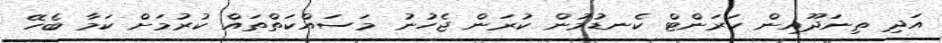
އަދި ތިނަދޫއިން ކަރަންޓް ކެނޑުމުން ކުރަން ޖެހުނު މަސައްކަތްތައް ކުރުމަށް ކަމާ ބެހޭ